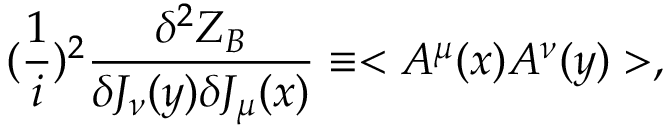
( { \frac { 1 } { i } } ) ^ { 2 } { \frac { \delta ^ { 2 } Z _ { B } } { \delta J _ { \nu } ( y ) \delta J _ { \mu } ( x ) } } \equiv < A ^ { \mu } ( x ) A ^ { \nu } ( y ) > ,